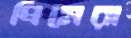
প্রিমেরা